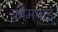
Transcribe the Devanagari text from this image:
क्रीमपाई